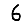
Digit: 6